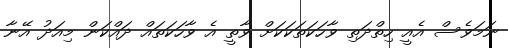
ނަމަވެސް އެއީ ހިތްދަތި ވާހަކަތަކަކަށް ވާތީ އެ ވާހަކަތައް ދައްކަން މިއަދު އޭނާ